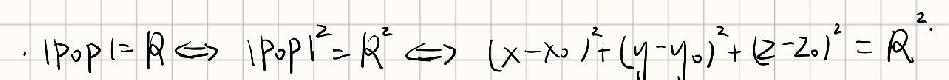
\[
| P_0P | = R \Leftrightarrow | P_0P |^2 = R^2 \Leftrightarrow (x - x_0)^2+(y - y_0)^2+(z - z_0)^2 = R^2
\]